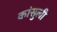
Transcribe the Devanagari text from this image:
कांसुली